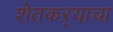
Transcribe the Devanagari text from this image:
शेतकऱ्याचा